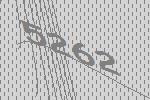
5262